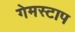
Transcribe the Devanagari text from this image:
गेमस्टाप